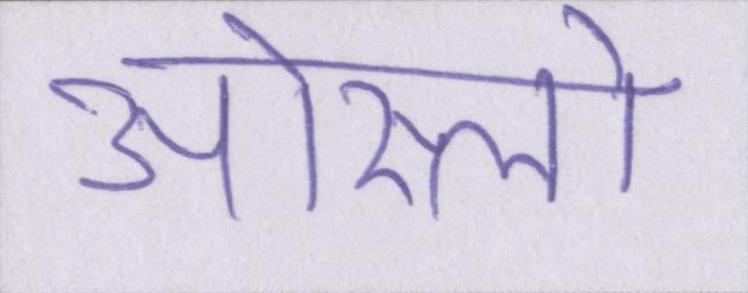
ओस्लो